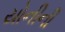
યોનીની